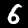
Label: 6